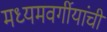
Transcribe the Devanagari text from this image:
मध्यमवर्गीयांची